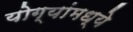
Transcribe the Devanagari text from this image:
योग्यांमध्ये